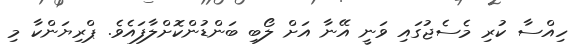
ހިއްސާ ކުރި މެސެޖުގައި ވަނީ އޭނާ އަށް ލޯބި ބަންޑުންކޮށްލާފައެވެ. ޕްރިޔަންކާ މި